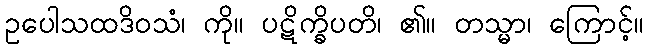
ဥပေါသထဒိဝသံ၊ ကို။ ပဋိက္ခိပတိ၊ ၏။ တသ္မာ၊ ကြောင့်။